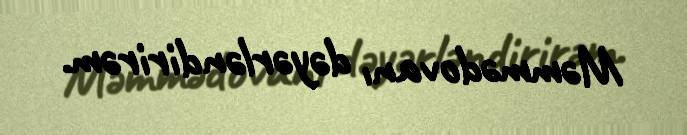
Məmmədovanı dəyərləndirirəm.